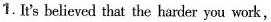
1. It's believed that the harder you work,